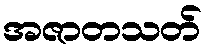
အဇာတသတ်